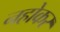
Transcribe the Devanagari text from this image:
नहोकर